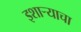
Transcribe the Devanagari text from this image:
इशाऱ्याचा